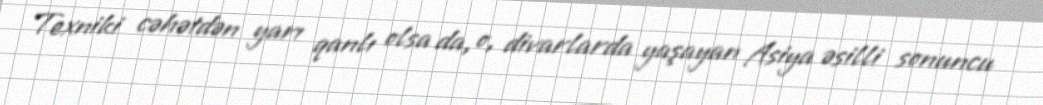
Texniki cəhətdən yarı qanlı olsa da, o, divarlarda yaşayan Asiya əsilli sonuncu